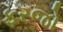
ફરજો